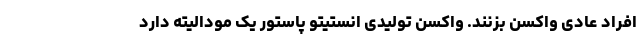
افراد عادی واکسن بزنند. واکسن تولیدی انستیتو پاستور یک مودالیته دارد